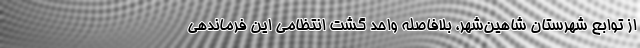
از توابع شهرستان شاهین‌شهر، بلافاصله واحد گشت انتظامی این فرماندهی